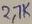
Text: 2,7K